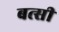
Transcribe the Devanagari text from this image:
बत्सी